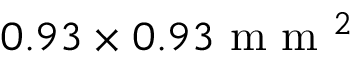
0 . 9 3 \times 0 . 9 3 \mathrm { ~ m ~ m ~ } ^ { 2 }